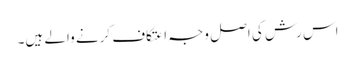
اس رش کی اصل وجہ اعتکاف کرنے والے ہیں۔